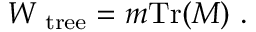
{ \cal W } _ { \mathrm { \small ~ t r e e } } = m { \mathrm { T r } } ( M ) ~ .